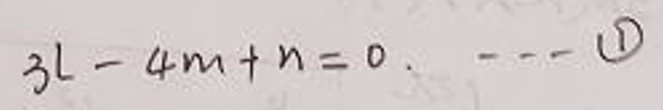
\[3l - 4m + n = 0.\quad---\textcircled{1}\]